Medical and sanitary report of the native army of Bengal for the year
Year: 1877
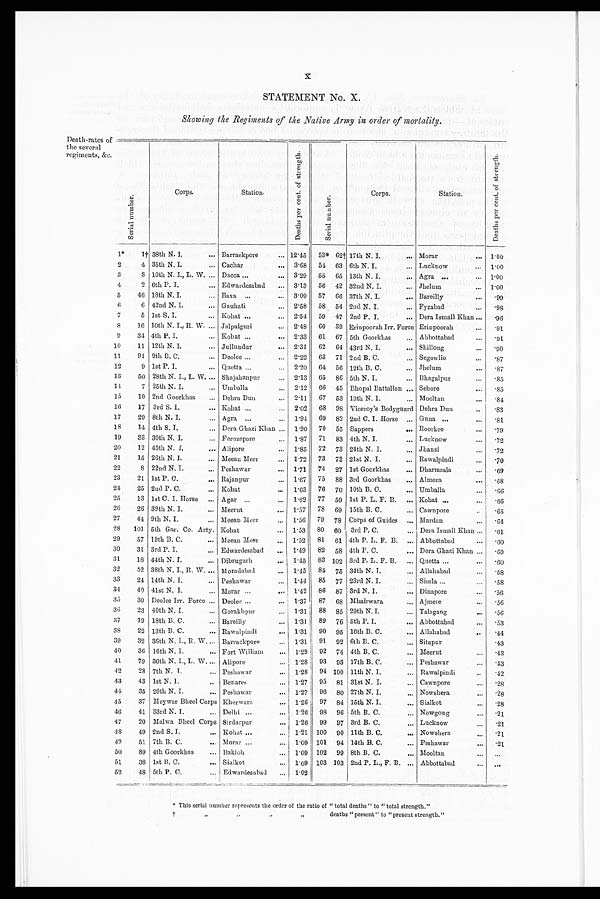
X
STATEMENT No. X.
Showing the Regiments of the Native Army in order of mortality.
Death-rates of
the several
regiments, &e.
S e r i a l n u m b e r .
Corps.
S t a t i o n .
D e a t h s p e r c e n t . o f s t r e n g t h .
S e r i a l n u m b e r .
Corps.
Station.
D e a t h s p e r c e n t . o f s t r e n g t h .
1 *
1 † 38th N. I.
... Barrackpore
... 12.45 53* 62† 17th N. I.
... Morar
... 1.00
2
4 35th N. I.
... Cachar
... 3.68 54 63 6th N. I.
... Lucknow
... 1.00
3
3 10th N. I., L. W. ... Dacca ...
... 3.29 55 65 13th N. I.
... Agra ...
... 1.00
4
2 6th P. I.
... Edwardesabad
. . . 3.13 56 42 32nd N. I.
... Jhelum
... 1.00
5
46 18th N. I.
... Baxa ...
... 3.09 57 66 37th N. I.
... Bareilly
... .99
6
6 42nd N. I.
... Gauhati
... 2.58 58 54 2nd N. I.
... Fyzabad
... .98
7
5 1st S. I.
... Kohat ...
... 2.54 59 47 2nd P. I.
... Dera Ismail Khan ...
. 9 6
8
16 10th N. I., R. W. ... Jalpaiguri
... 2.48 60 39 Erinpoorah Irr. Force Erinpoorah
... .91
9
34 4th P. I.
... kohat ...
... 2.33 61 67 5th Goorkhas
... Abbottabad
... .91
10
11 12th N. I.
... Jullundur
... 2.31 62 64 43rd N. I.
... Shillong
... .90
11
91 9th B. C.
... Deolee ...
... 2.22 63 71 2nd B. C.
... Segowlie
... .87
12
9 1st P. I.
... Quetta ...
. . . 2.20 64 56 12th B. C.
... Jhelum
... .87
13
50 28th N. I., L. W. ... Shajahanpur
... 2.13 65 86 5th N. I.
... Bhagalpur
... .85
14
7 25th N. I.
... Umballa
... 2.12 66 45 Bhopal Battalion ... Sehore
... .85
15
10 2nd Goorkhas ... Dehra Dun
... 2.11 67 53 19th N. I.
... Mooltan
... .84
16 17 3rd S. I.
... Kohat ...
... 2.02 68 98 Viceroy's Bodyguard Dehra Dun
... .83
17
29 8th N. I.
... Agra ...
... 1.94 69 82 2nd C. I. Horse ... Guna ...
... .81
18
14 4th S. I.
... Dera Ghazi Khan ... 1.90 70 55 Sappers
... Roorkee
... .79
19
33 30th N. I.
... Ferozepore
... 1.87 71 83 4th N. I.
... Lucknow
... .72
20
12 45th N. I.
... Alipore
... 1.85 72 73 24th N. I.
. . . Jhansi
... .72
21
15 26th N. I.
... Meean Meer
... 1.72 73 72 21st N. I.
. . . Rawalpindi
... .70
22
8 22nd N. I.
... Peshawar
... 1.71 74 27
1st Goorkhas
... Dharmsala
... .69
23
21 1st P. C.
... Rajanpur
... 1.67 75 88 3rd Goorkhas
... Almora
... .68
24
25 2nd P. C.
... Kohat
. . . 1.63 76 70 10th B. C.
... Umballa
... .66
25
13 1st C. I. Horse ... Agar ...
... 1.62 77 59 1st P. L. F. B. ... Kohat ...
... .66
26
26 39th N. I.
... Meerut
... 1.57 78 69 15th B. C.
... Cawnpore
... .65
27
44 9th N. I.
... Meean Meer
... 1.56 79 78 Corps of Guides ... Mardan
... .64
28 101 5th Gar. Co. Arty. Kohat
... 1.53 80 60 3rd P. C.
... Dera Ismail Khan ...
. 6 1
29
57 19th B. C.
... Meean Meer
... 1.52 81 61 4th P. L. F. B. ... Abbottabad
... .60
30
31 3rd P. I.
... Edwardesabad ... 1.49 82 58 4th P. C.
... Dera Ghazi Khan ... .60
31
18 44th N. I.
... Dibrugarh
... 1.45 83 102 3rd P. L. F. B. ... Quetta ...
... .60
32
52 38th N. I., R. W. ... Moradabad
... 1.45 84 75 34th N. I.
... Allahabad
... .58
33
24 14th N. I.
... Peshawar
. . . 1.44 85 77 23rd N. I.
... Simla ...
... .58
34
40 41st N. I.
... Morar ...
... 1.42 86 87 3rd N. I.
... Dinapore
... . 56
35
30 Deolee Irr. Force ... Deolee ...
. . . 1.37 87 68 Mhairwara
... Ajmere
... .56
36
23 40th N. I.
... Gorakhpur
... 1.31 88 85 29th N. I.
... Talagang
... .56
37
19 18th B. C.
... Bareilly
... 1.31 89 76 5th P. I.
... Abbottabad
... .53
38
22 13th B. C.
... Rawalpindi
... 1.31 90 95 16th B. C.
... Allahabad
... .44
39
32 36th N. I., R. W. ... Barrackpore
. . . 1.31 91 92 6th B. C.
... Sitapur
... .43
40
36 16th N. I.
... Fort William
... 1.29 92 74 4th B. C.
... Meerut
... .43
41
79 36th N. I., L. W. ... Alipore
... 1.28 93 93 17th B. C.
... Peshawar
... .43
42
28 7th N. I.
... Peshawar
... 1.28 94 100 11th N. I.
. . . Rawalpindi
... .42
43
43 1st N. I.
. . . Benares
... 1.27 95 81 31st N. I.
... Cawnpore
... .28
44
35 20th N. I.
. . . Peshawar
... 1.27 96 80 27th N. I.
. . . Nowshera
... .28
45
37 Meywar Bheel Corps Kherwara
. . . 1.26 97 84 15th N. I.
... Sialkot
... .28
46
41 33rd N. I.
... Delhi ...
... 1.26 98 96 5th B. C.
... Nowgong
... .21
47
20 Malwa Bheel Corps Sirdarpur
... 1.26 99 97 3rd B. C.
... Lucknow
... .21
48
49 2nd S. I.
... Kohat ...
... 1.21 100 90 11th B. C.
... Nowshera
... .21
49
51 7th B. C.
... Morar ...
... 1.09 101 94 14th B. C.
... Peshawar
... .21
50
89 4th Goorkhas
... Bakloh
... 1.09 102 99 8th B. C.
... Mooltan
. . .
. . .
51
38 lst B. C.
... Sialkot
... 1.09 103 103 2nd P. L., F. B. ... Abbottabad
... ...
52
48 5th P. C.
. . . Edwardesabad ... 1.02
*This serial number represents the order of the ratio of "total deaths" to "total strength."
†
"
"
" " deat hs "present " t o "present st rengt h. "